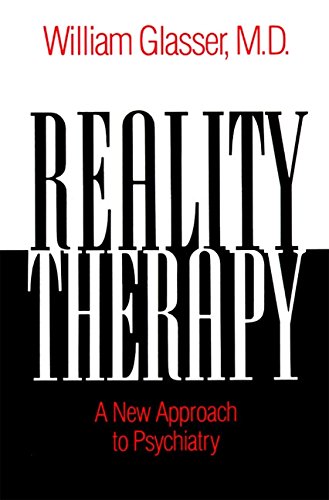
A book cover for Reality Therapy: A New Approach to Psychiatry (Colophon Books); William, M.D. Glasser; Health, Fitness & Dieting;